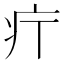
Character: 𤴫